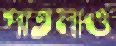
পাতলাও